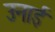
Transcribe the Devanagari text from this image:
उनाई